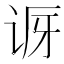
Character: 𬣨